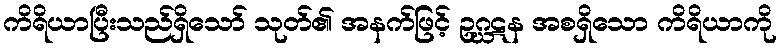
ကိရိယာပြီးသည်ရှိသော် သုတ်၏ အနက်ဖြင့် ဥဂ္ဃဋန အစရှိသော ကိရိယာကို